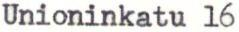
Unioninkatu 16